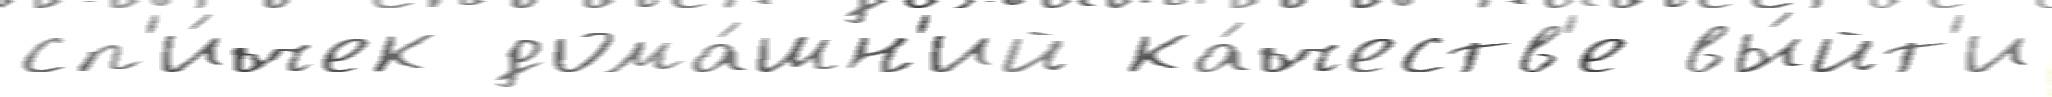
сп'и́чек дома́шн'ий ка́честв'е вы́йт'и